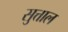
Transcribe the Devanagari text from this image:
सुत्ताल